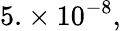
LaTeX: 5.\times 10^{-8},